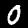
Digit: 0